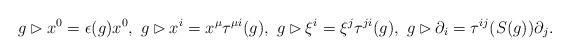
LaTeX: \begin{align*} g\rhd x^0=\epsilon(g)x^0,~ g\rhd x^i=x^\mu\tau^{\mu i}(g),~ g\rhd\xi^i=\xi^j\tau^{ji}(g),~ g\rhd\partial_i=\tau^{ij}(S(g))\partial_j.\end{align*}